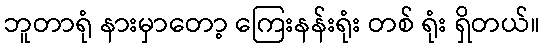
ဘူတာရုံ နားမှာတော့ ကြေးနန်းရုံး တစ် ရုံး ရှိတယ်။